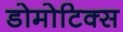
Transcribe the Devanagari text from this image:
डोमोटिक्स